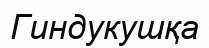
Гиндукушқа